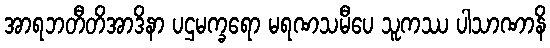
အာရဘတီတိအာဒိနာ ပဌမက္ခရော မရဏသမီပေ သူကဿ ပါသာဏာနိ